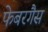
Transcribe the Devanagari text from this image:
फेबरगैस